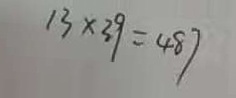
1 3 \times 3 9 = 4 8 7